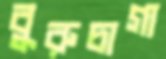
বুরুচাগা